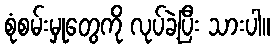
စုံစမ်းမှုတွေကို လုပ်ခဲ့ပြီး သားပါ။